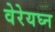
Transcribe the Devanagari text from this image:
वेरेयघ्न